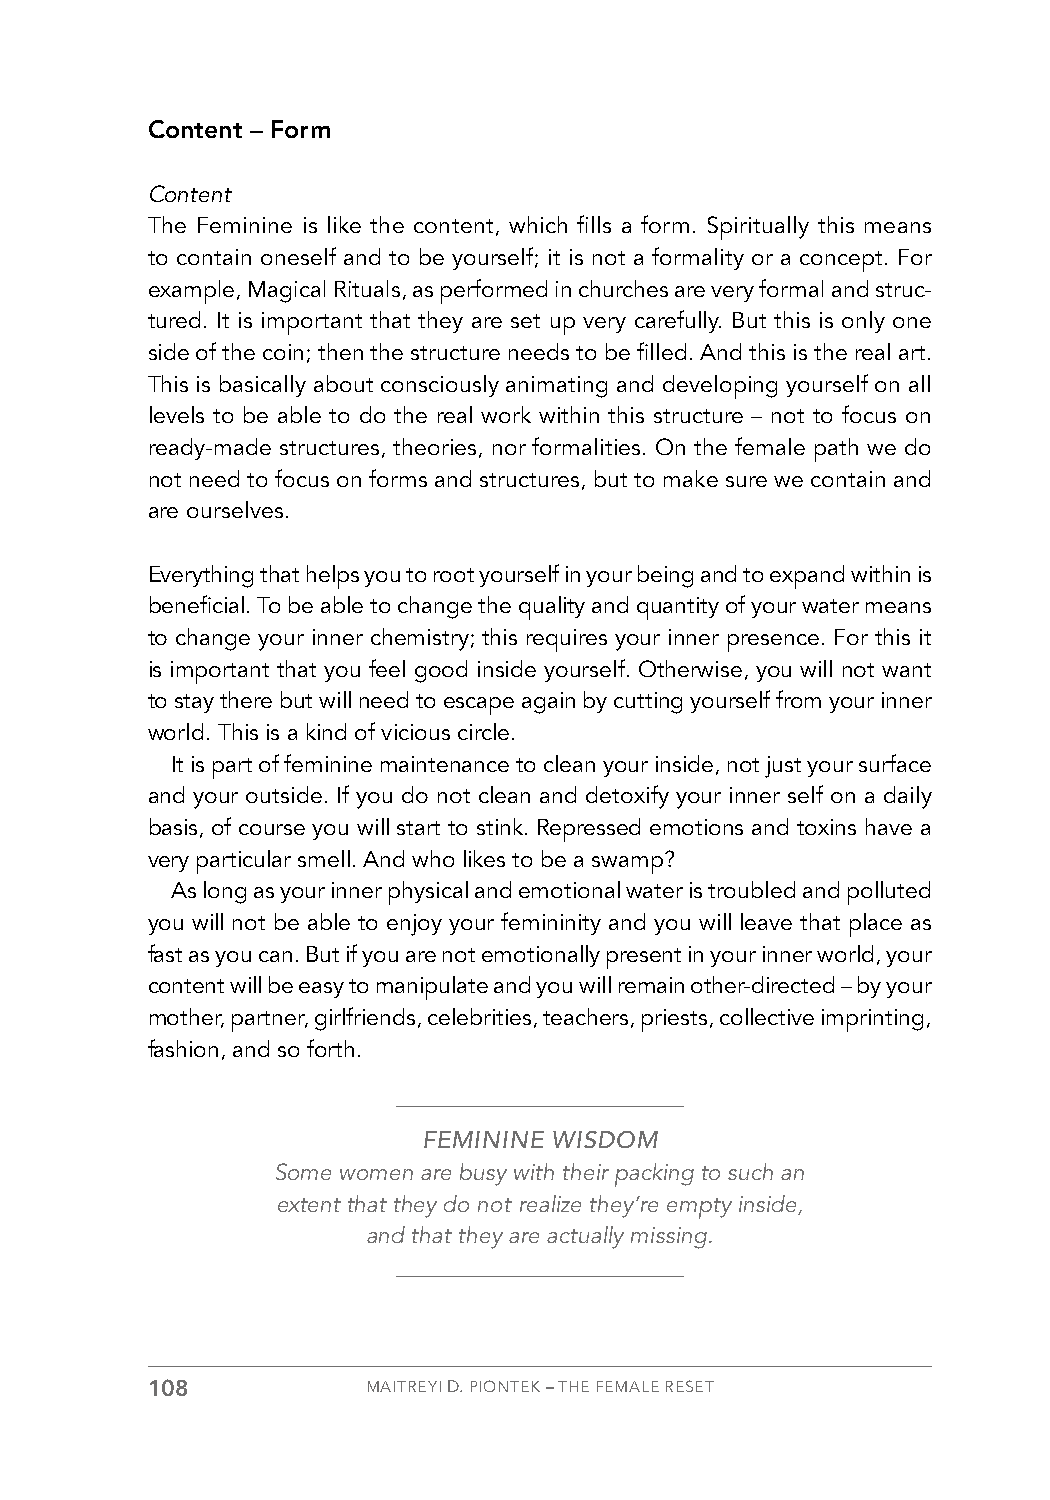
Content – Form
 Content
 The Feminine is like the content, which fills a form. Spiritually this means
 to contain oneself and to be yourself; it is not a formality or a concept. For
 example, Magical Rituals, as performed in churches are very formal and struc-
 tured. It is important that they are set up very carefully. But this is only one
 side of the coin; then the structure needs to be filled. And this is the real art.
 This is basically about consciously animating and developing yourself on all
 levels to be able to do the real work within this structure – not to focus on
 ready-made structures, theories, nor formalities. On the female path we do
 not need to focus on forms and structures, but to make sure we contain and
 are ourselves.
 Everything that helps you to root yourself in your being and to expand within is
 beneficial. To be able to change the quality and quantity of your water means
 to change your inner chemistry; this requires your inner presence. For this it
 is important that you feel good inside yourself. Otherwise, you will not want
 to stay there but will need to escape again by cutting yourself from your inner
 world. This is a kind of vicious circle.
 It is part of feminine maintenance to clean your inside, not just your surface
 and your outside. If you do not clean and detoxify your inner self on a daily
 basis, of course you will start to stink. Repressed emotions and toxins have a
 very particular smell. And who likes to be a swamp?
 As long as your inner physical and emotional water is troubled and polluted
 you will not be able to enjoy your femininity and you will leave that place as
 fast as you can. But if you are not emotionally present in your inner world, your
 content will be easy to manipulate and you will remain other-directed – by your
 mother, partner, girlfriends, celebrities, teachers, priests, collective imprinting,
 fashion, and so forth.
 FEMININE WISDOM
 Some women are busy with their packing to such an
 extent that they do not realize they’re empty inside,
 and that they are actually missing.
 108           MAITREYI D. PIONTEK – THE FEMALE RESET